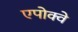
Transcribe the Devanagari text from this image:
एपोक्वे